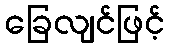
ခြေလျင်ဖြင့်